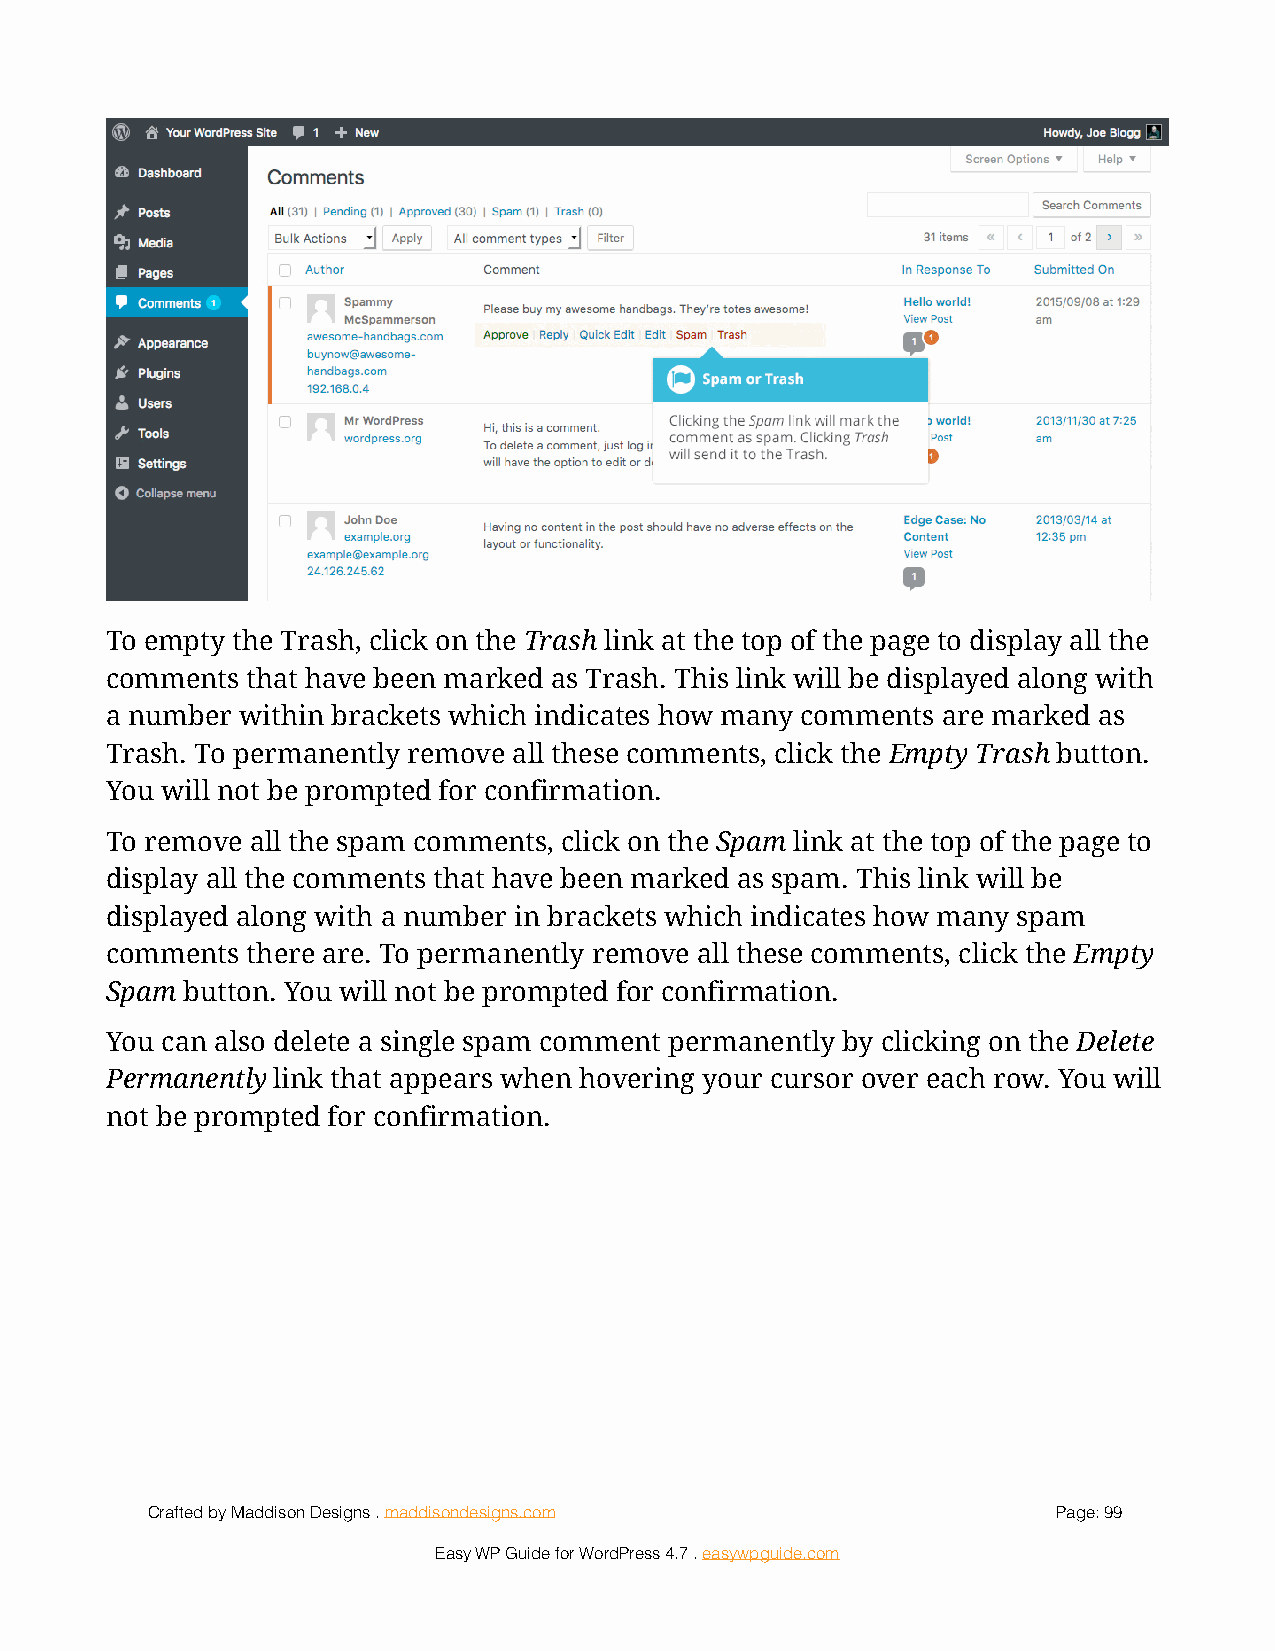
!
 To empty the Trash, click on the Trash link at the top of the page to display all the
 comments that have been marked as Trash. This link will be displayed along with
 a number within brackets which indicates how many comments are marked as
 Trash. To permanently remove all these comments, click the Empty Trash button.
 You will not be prompted for confirmation.
 To remove all the spam comments, click on the Spam link at the top of the page to
 display all the comments that have been marked as spam. This link will be
 displayed along with a number in brackets which indicates how many spam
 comments there are. To permanently remove all these comments, click the Empty
 Spam button. You will not be prompted for confirmation.
 You can also delete a single spam comment permanently by clicking on the Delete
 Permanently link that appears when hovering your cursor over each row. You will
 not be prompted for confirmation.
 Crafted by Maddison Designs . maddisondesigns.com           Page: 9 9
 Easy WP Guide for WordPress 4.7 . easywpguide.com